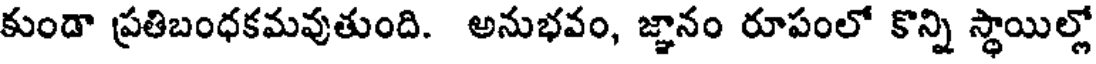
కుండా ప్రతిబంధకమవుతుంది. అనుభవం, జ్ఞానం రూపంలో కొన్ని స్థాయిల్లో